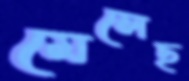
মেলেছ